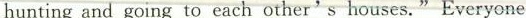
hunting and going to each other's houses. "Everyone